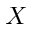
X